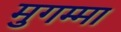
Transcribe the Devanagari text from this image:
मुगम्मा